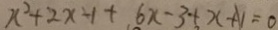
x ^ { 2 } + 2 x - 1 + 6 x - 3 + x + 1 = 0